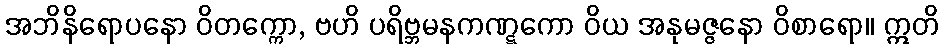
အဘိနိရောပနော ဝိတက္ကော, ဗဟိ ပရိဗ္ဘမနကဏ္ဋကော ဝိယ အနုမဇ္ဇနော ဝိစာရော။ ဣတိ